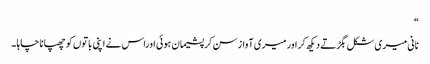
“
نانی میری شکل بگڑتے دیکھ کر اور میری آواز سن کر پشیمان ہوئی اوراس نے اپنی باتوں کو چھپانا چاہا ۔